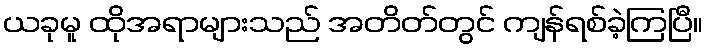
ယခုမူ ထိုအရာများသည် အတိတ်တွင် ကျန်ရစ်ခဲ့ကြပြီ။